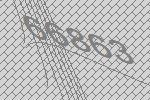
66863